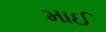
માઈ